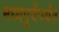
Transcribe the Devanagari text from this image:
मध्यपूर्वेपर्यंत